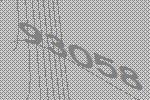
93058